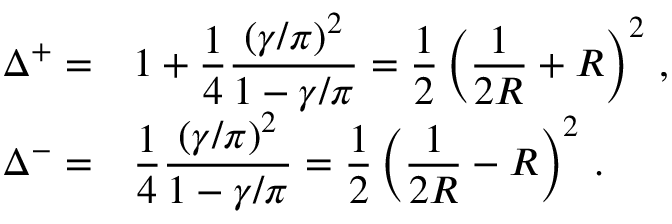
\begin{array} { r l } { { \displaystyle \Delta ^ { + } = } } & { { 1 + \displaystyle \frac { 1 } { 4 } \displaystyle \frac { ( \gamma / \pi ) ^ { 2 } } { 1 - \gamma / \pi } = \displaystyle \frac { 1 } { 2 } \left( \displaystyle \frac { 1 } { 2 R } + R \right) ^ { 2 } \, , } } \\ { { \Delta ^ { - } = } } & { { \displaystyle \frac { 1 } { 4 } \displaystyle \frac { ( \gamma / \pi ) ^ { 2 } } { 1 - \gamma / \pi } = \displaystyle \frac { 1 } { 2 } \left( \displaystyle \frac { 1 } { 2 R } - R \right) ^ { 2 } \, . } } \end{array}